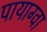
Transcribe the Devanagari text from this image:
पायाग्वा